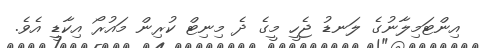
އިންޓަމިލާނުގެ ލަނޑު ޖެހީ މީގެ ދެ މިނިޓް ކުރިން މައުރޯ އިކާޑީ އެވެ.